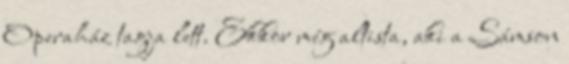
Operaház tagja lett. Ekkor még altista, aki a Sámson